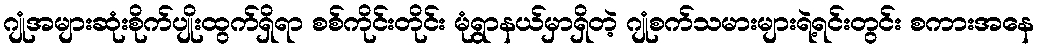
ဂျုံအများဆုံးစိုက်ပျိုးထွက်ရှိရာ စစ်ကိုင်းတိုင်း မုံရွာနယ်မှာရှိတဲ့ ဂျုံစက်သမားများရဲ့ရင်းတွင်း စကားအနေ